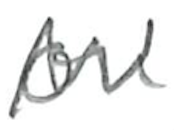
Text: on
Cross-out: mix
Writing tool: pencil